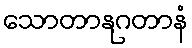
သောတာနုဂတာနံ